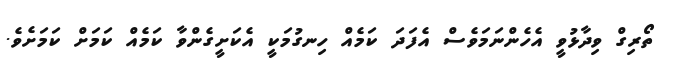
ތޯރިގް ވިދާޅުވީ އެހެންނަމަވެސް އެފަދަ ކަމެއް ހިނގުމަކީ އެކަށީގެންވާ ކަމެއް ކަމަށް ކަމަށެވެ.